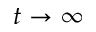
t \rightarrow \infty